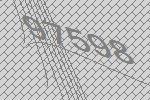
97598